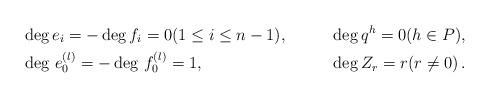
LaTeX: \begin{align*}&\deg e_i=-\deg f_i=0 (1\le i\le n-1), &\deg q^h=0 (h\in P),\\&\deg\, e_0^{(l)}=-\deg\, f_0^{(l)}=1, &\deg Z_r=r(r\neq0)\,.\end{align*}